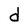
Character: d